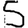
Digit: 5